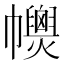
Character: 𢅽